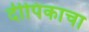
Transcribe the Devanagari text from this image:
दीपिकाचा